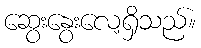
ဆွေးနွေးလေ့ရှိသည်။